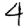
Digit: 4